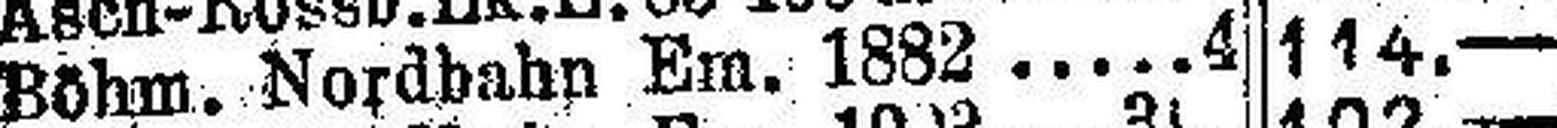
Böhm. Nordbahn Em. 1882 4